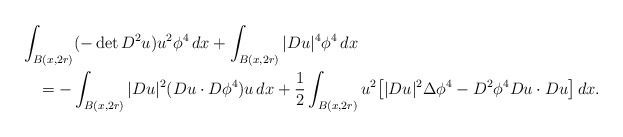
\begin{align*}&\int_{B(x,2r)}(-\det D^2u ) u^2\phi^4\,dx+ \int_{B(x,2r)} |Du|^4\phi ^4\,dx\\&\quad= -\int_{B(x,2r)} |Du|^2 (Du\cdot D\phi^4) u \,dx +\frac12\int_{B(x,2r)} u^2\big[ |Du|^2\Delta\phi^4 -D^2\phi^4 Du\cdot Du\big] \,dx.\end{align*}